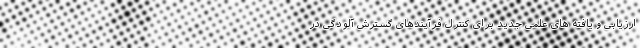
ارزیابی و یافته های علمی جدید برای کنترل فرآیندهای گسترش آلودگی در